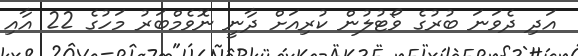
އަދި ދެވަނަ ބުރުގެ ވޯޓުލުން ކުރިއަށް ދާނީ ނޮވެމްބަރު މަހުގެ 22 އާއި